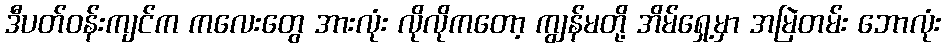
ဒီပတ်ဝန်းကျင်က ကလေးတွေ အားလုံး လိုလိုကတော့ ကျွန်မတို့ အိမ်ရှေ့မှာ အမြဲတမ်း ဘောလုံး